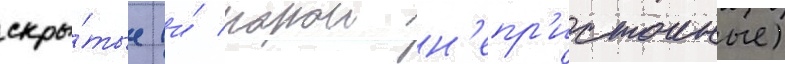
скры́тые (и́ порои н'епр'истоиные)